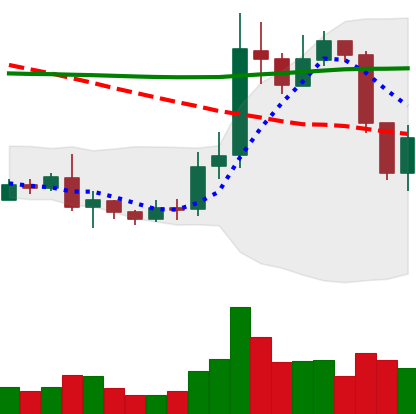
Ticker: ETC-USD
Chart end date: 2019-08-30
Forward return: 7.374%
Label: up_7plus